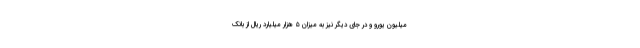
میلیون یورو و در جای دیگر نیز به میزان ۵ هزار میلیارد ریال از بانک